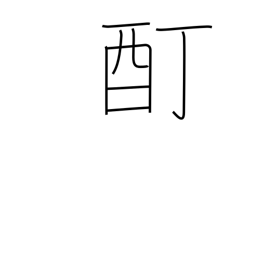
Meaning: intoxication